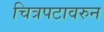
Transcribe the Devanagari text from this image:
चित्रपटावरुन